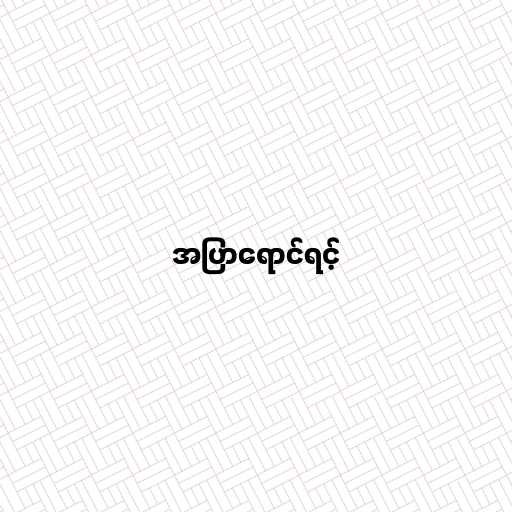
အပြာရောင်ရင့်